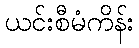
ယင်းစီမံကိန်း